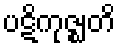
ပဋိကုဇ္ဈတိ